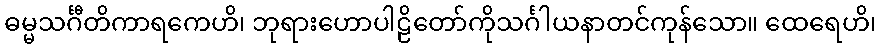
ဓမ္မသင်္ဂီတိကာရကေဟိ၊ ဘုရားဟောပါဠိတော်ကိုသင်္ဂါယနာတင်ကုန်သော။ ထေရေဟိ၊